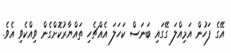
އޭގެ ފަހުން އަމިއްލަ ގޭގައި ބަނަސް ކަހަލަ އެއްޗެހި ތައްޔާރުކޮށްގެން ވިއްކެވި އެވެ.